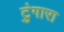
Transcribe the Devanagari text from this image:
टुंगारा